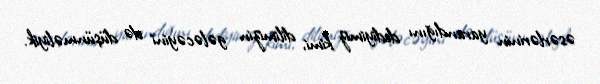
əsərlərinin yarandığını dediyimiz kimi, dilimizin gələcəyini də düşünməliyik.